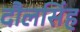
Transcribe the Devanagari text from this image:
दौलसिंह